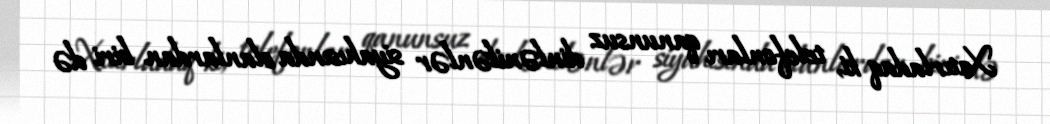
Xatırladaq ki, telefonları qanunsuz dinlənilənlər siyahısında olanlardan biri də